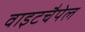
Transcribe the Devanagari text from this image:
वाइटचैपेल